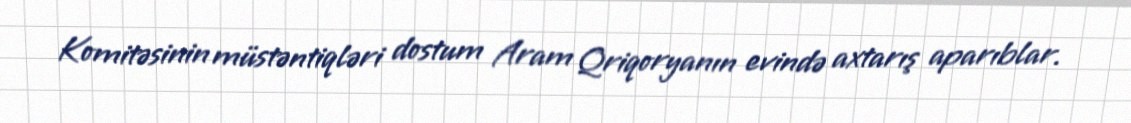
Komitəsinin müstəntiqləri dostum Aram Qriqoryanın evində axtarış aparıblar.